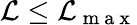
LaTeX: \mathcal{L}\leq\mathcal{L}_{\mathrm{~m~a~x~}}